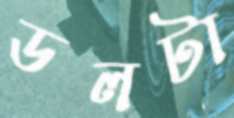
ডলটা